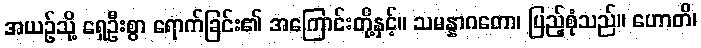
အယဉ်သို့ ရှေဦးစွာ ရောက်ခြင်း၏ အကြောင်းတို့နှင့်။ သမန္နာဂတော၊ ပြည့်စုံသည်။ ဟောတိ၊